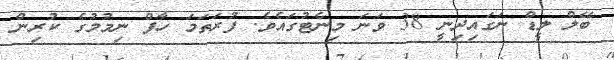
ބޭލް ލީޑް ނަގައިދިނީ 38 ވަނަ މިނެޓުގައެވެ. ފުރަތަމަ ހާފް ނިމުމުގެ ކުރިން